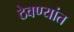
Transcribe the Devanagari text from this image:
ठेवण्यांत